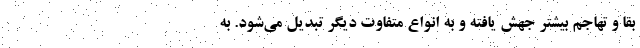
بقا و تهاجم بیشتر جهش یافته و به انواع متفاوت دیگر تبدیل می‌شود. به